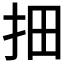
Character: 𱟱